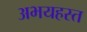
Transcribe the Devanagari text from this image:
अभयहस्त